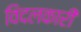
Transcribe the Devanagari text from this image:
विदलकारी